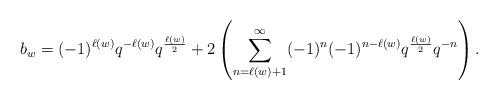
LaTeX: \begin{align*}b_w=(-1)^{\ell(w)}q^{-\ell(w)}q^{\frac{\ell(w)}{2}}+2\left(\sum_{n=\ell(w)+1}^{\infty}(-1)^n(-1)^{n-\ell(w)}q^{\frac{\ell(w)}{2}}q^{-n}\right).\end{align*}